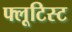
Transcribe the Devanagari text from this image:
फ्लूटिस्ट